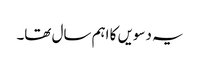
یہ دسویں کا اہم سال تھا۔